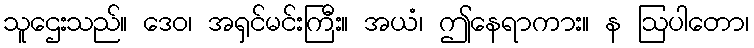
သူဌေးသည်။ ဒေဝ၊ အရှင်မင်းကြီး။ အယံ၊ ဤနေရာကား။ န ဩပါတော၊